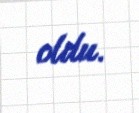
oldu.